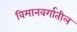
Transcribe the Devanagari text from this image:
विमानवर्गातील